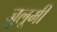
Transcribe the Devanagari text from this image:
जुलूमी